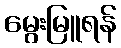
မွေးမြူရန်